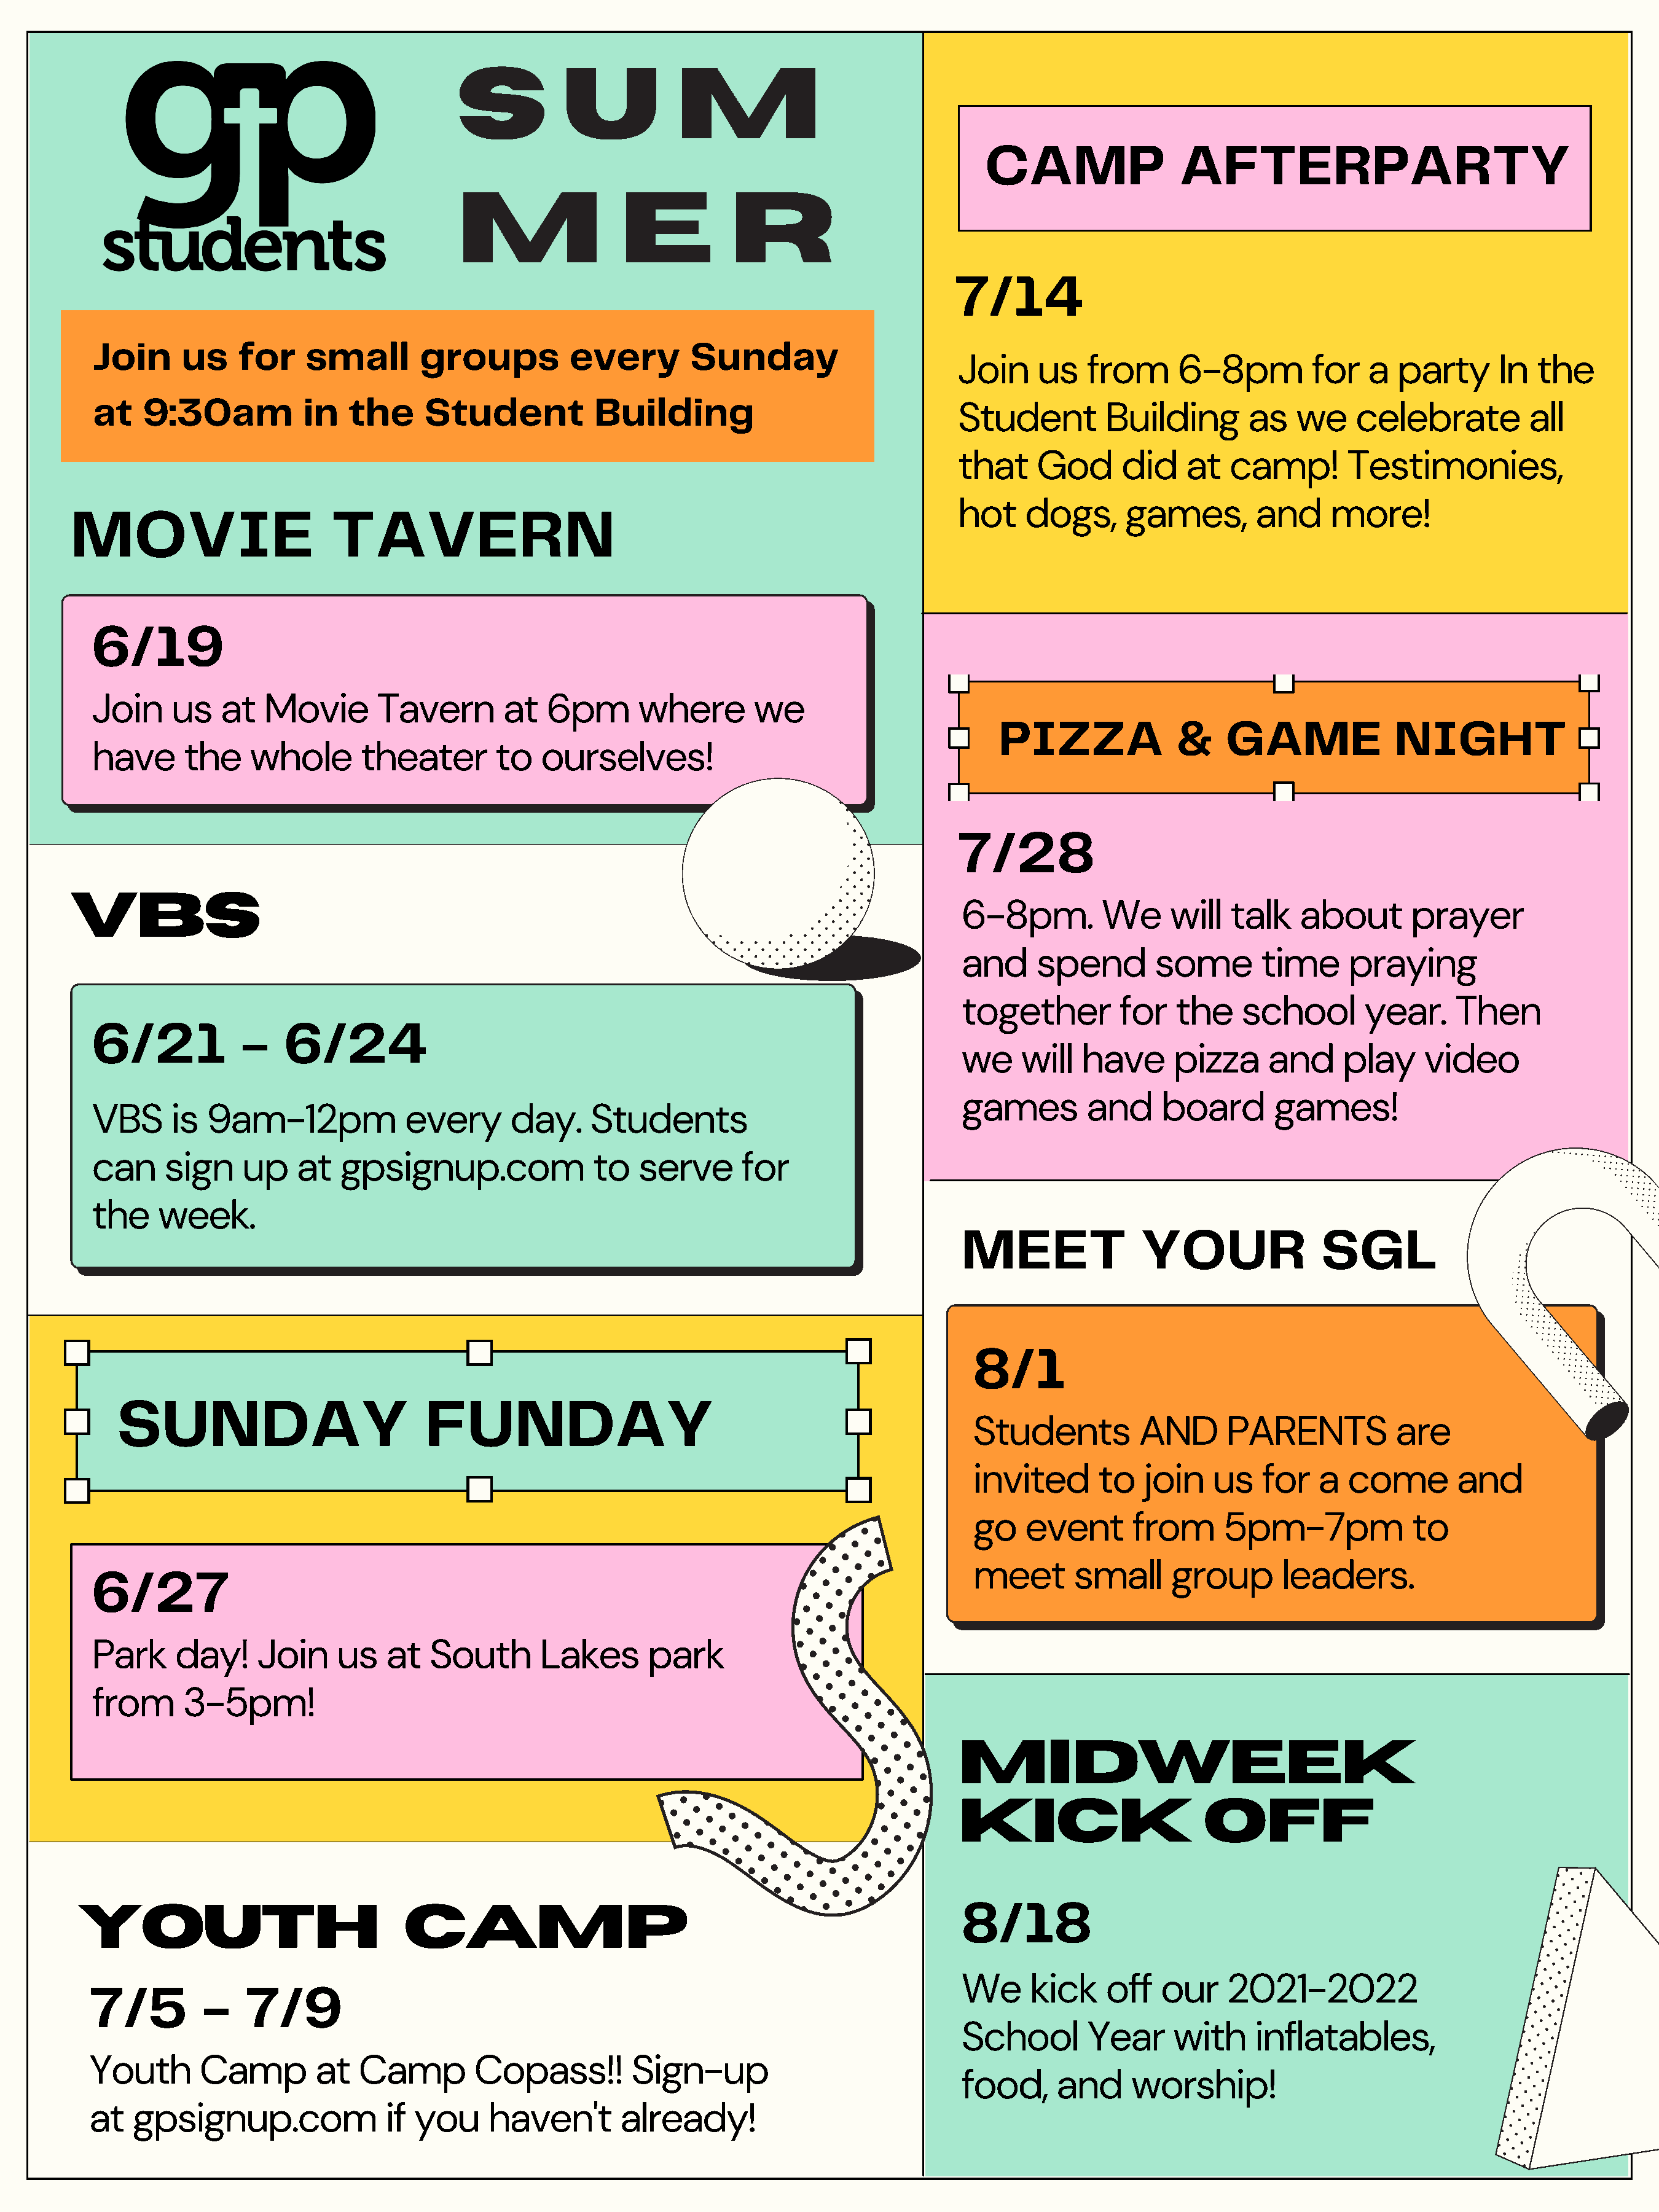
S           U           M
 CAMP                 AFTERPARTY
 M                 E          R
 7/14
 Join      us    for    small       groups          every        Sunday
 Join     us   from      6-8pm         for   a   party     In   the
 at   9:30am            in   the     Student           Building
 Student         Building       as    we    celebrate          all
 that     God      did    at  camp!        Testimonies,
 MOVIE                       TAVERN
 hot    dogs,      games,        and     more!
 6/19
 Join    us    at  Movie        Tavern       at   6pm       where       we
 PIZZA              &    GAME              NIGHT
 have      the    whole       theater       to   ourselves!
 7/28
 VBS
 6-8pm.         We     will   talk   about       prayer
 and     spend       some        time     praying
 together         for   the    school       year.     Then
 6/21            -    6/24
 we    will   have     pizza      and     play    video
 games        and     board       games!
 VBS     is  9am-12pm              every      day.     Students
 can     sign    up    at   gpsignup.com               to   serve      for
 the    week.
 MEET               YOUR               SGL
 8/1
 SUNDAY                           FUNDAY
 Students          AND      PARENTS           are
 invited      to   join    us   for   a  come        and
 go   event       from      5pm-7pm             to
 6/27
 meet       small     group       leaders.
 Park     day!     Join    us    at  South       Lakes       park
 from      3-5pm!
 Midweek
 Kick                       off
 8/18
 YOUTH                              CAMP
 7/5         -   7/9
 We     kick    off   our    2021-2022
 School       Year     with     inflatables,
 Youth      Camp         at   Camp        Copass!!         Sign-up
 food,     and     worship!
 at  gpsignup.com                if you     haven't       already!